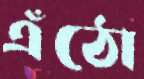
এঁঠো